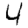
Digit: 4